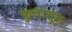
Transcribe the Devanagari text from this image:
फुलातून